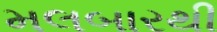
મલબારથી